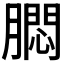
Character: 𬛗